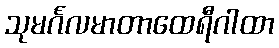
သုမင်္ဂလမာတာထေရီဂါထာ